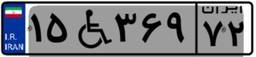
۱۵W۳۶۹۷۲